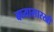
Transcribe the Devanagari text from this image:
बघ्‍यासारखी